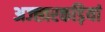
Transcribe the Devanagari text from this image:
अज्ह्वरकड़ियां